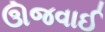
ઊજવાઈ